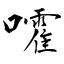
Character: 嚯